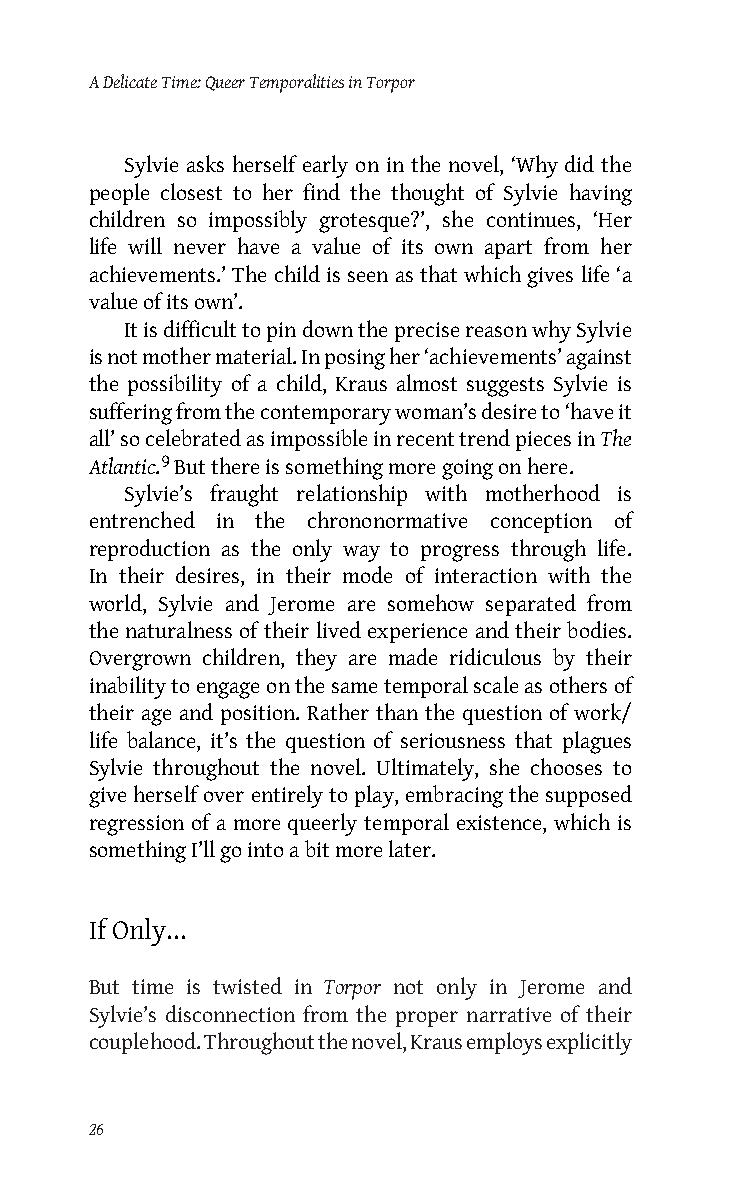
A Delicate Time: Queer Temporalities in Torpor
 Sylvie asks herself early on in the novel, ‘Why did the
 people closest to her find the thought of Sylvie having
 children so impossibly grotesque?’, she continues, ‘Her
 life will never have a value of its own apart from her
 achievements.’ The child is seen as that which gives life ‘a
 value of its own’.
 It is difficult to pin down the precise reason why Sylvie
 is not mother material. In posing her ‘achievements’ against
 the possibility of a child, Kraus almost suggests Sylvie is
 suffering from the contemporary woman’s desire to ‘have it
 all’ so celebrated as impossible in recent trend pieces in The
 Atlantic.9 But there is something more going on here.
 Sylvie’s fraught relationship with motherhood is
 entrenched in the chrononormative conception of
 reproduction as the only way to progress through life.
 In their desires, in their mode of interaction with the
 world, Sylvie and Jerome are somehow separated from
 the naturalness of their lived experience and their bodies.
 Overgrown children, they are made ridiculous by their
 inability to engage on the same temporal scale as others of
 their age and position. Rather than the question of work/
 life balance, it’s the question of seriousness that plagues
 Sylvie throughout the novel. Ultimately, she chooses to
 give herself over entirely to play, embracing the supposed
 regression of a more queerly temporal existence, which is
 something I’ll go into a bit more later.
 If Only...
 But time is twisted in Torpor not only in Jerome and
 Sylvie’s disconnection from the proper narrative of their
 couplehood. Throughout the novel, Kraus employs explicitly
 26